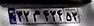
۳۲م۴۳۴۵۳